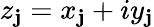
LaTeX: z_{\mathbf{j}}=x_{\mathbf{j}}+iy_{\mathbf{j}}